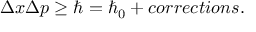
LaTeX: \Delta x \Delta p \ge \hbar = \hbar _ { 0 } + c o r r e c t i o n s .